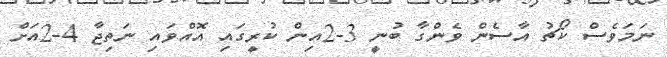
ނަމަވެސް ކޯޗު އާސެން ވެންގާ ބުނީ 3-2އިން ކުރީގައި އޮއްވައި ނަތިޖާ 4-2އަށް